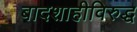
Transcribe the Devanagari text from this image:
बादशाहीविरुद्ध